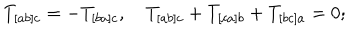
T _ { [ a b ] c } = - T _ { [ b a ] c } , \quad T _ { [ a b ] c } + T _ { [ c a ] b } + T _ { [ b c ] a } = 0 ;